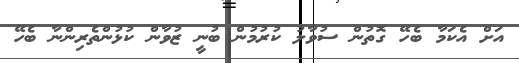
އަށް އެކަމާ ބެހޭ ގޮތުން ސުވާލު ކުރުމުން ބުނީ ޒުވާން ކުޅުންތެރިންނާ ބެހޭ